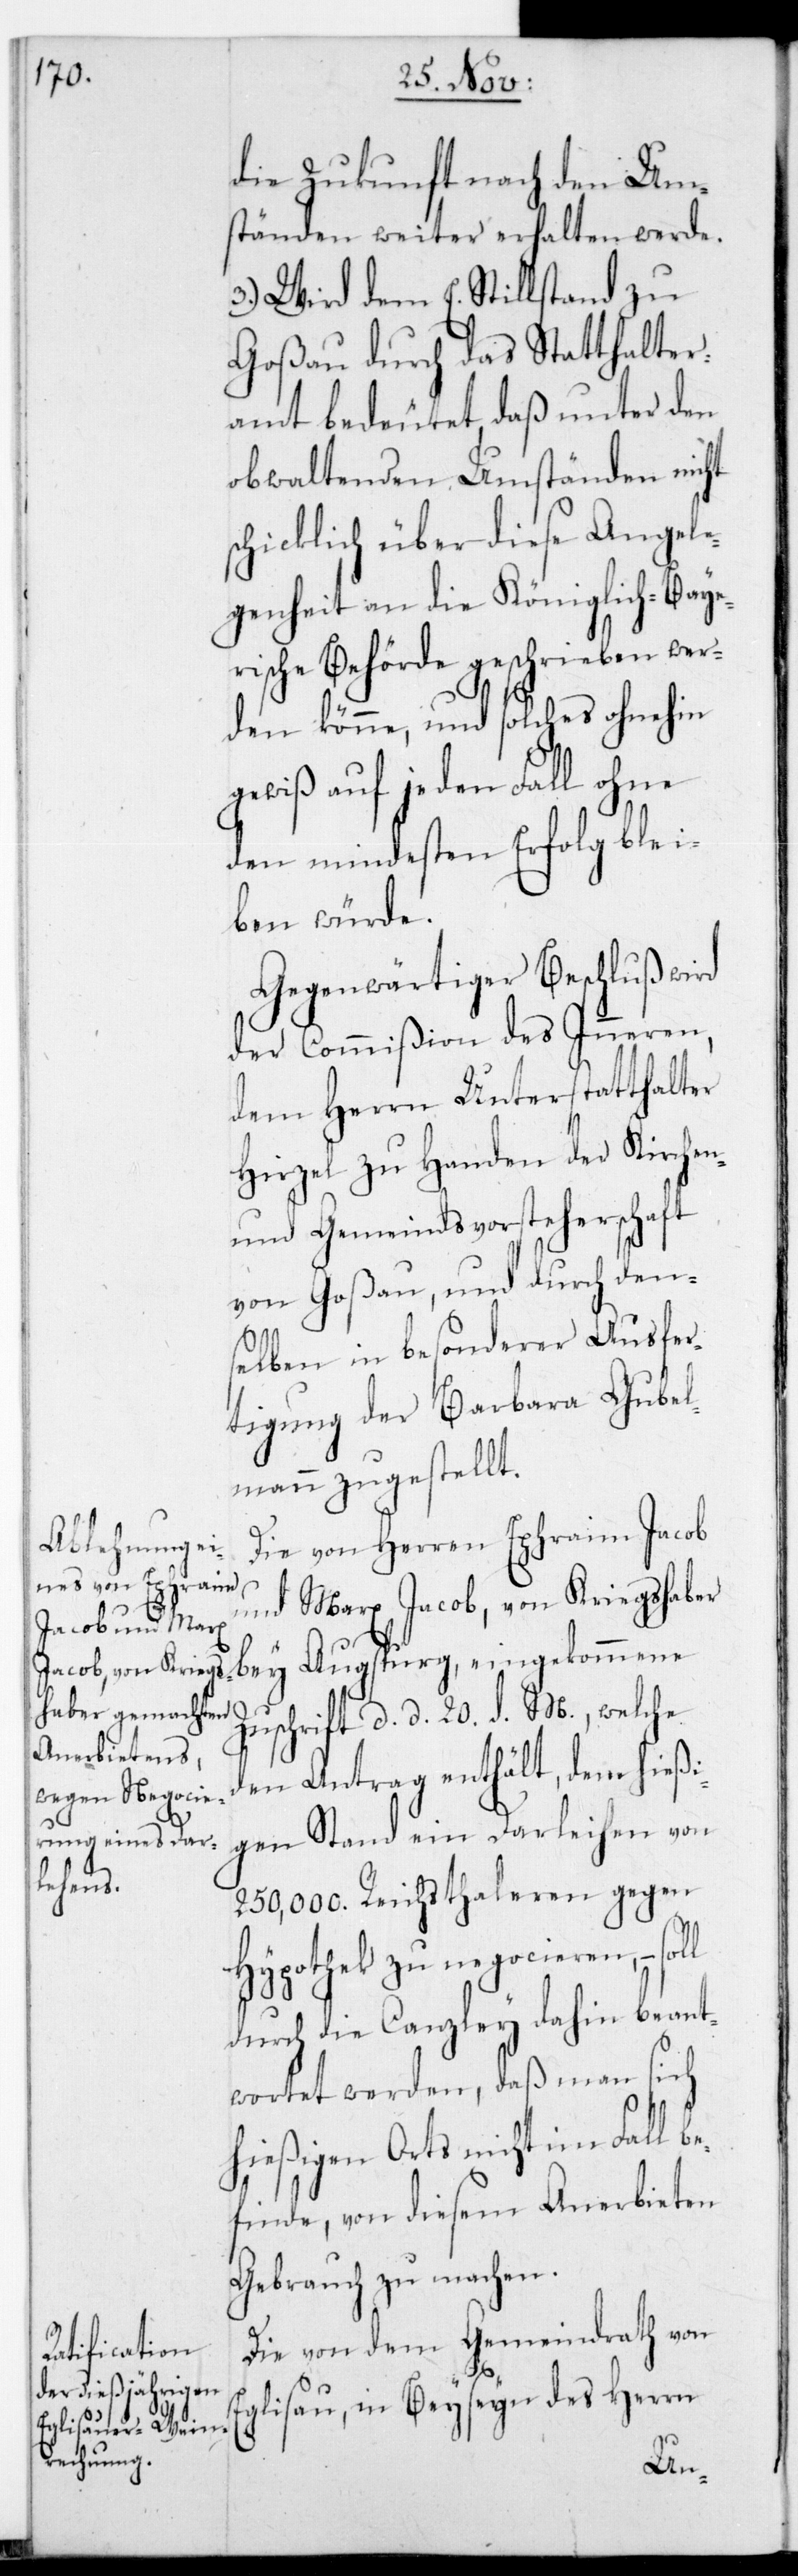
die Zukunft nach den Um¬
ständen weiter erhalten werde.
3.) Wird dem E. Stillstand zu
Goßau durch das Statthalte¬
ramt bedeutet, daß unter den
obwaltenden Umständen nicht
schicklich über diese Angele¬
genheit an die Königlich-Baye¬
rische Behörde geschrieben wer¬
den könne, und solches ohnehin
gewiß auf jeden Fall ohne
den mindesten Erfolg blei¬
ben würde.
Gegenwärtiger Beschluß wird
der Commißion des Inneren,
dem Herrn Unterstatthalter
Hirzel zu Handen der Kirchen-
und Gemeindsvorsteherschaft
von Goßau, und durch den¬
selben in besonderer Ausfer¬
tigung der Barbara Gubel¬
mann zugestellt.
Die von Herren Ephraim Jacob
und Marx Jacob von Kriegshaber
bey Augsburg eingekommene
Zuschrift, d. d. 20. d. M., welche
den Antrag enthält, dem hießi¬
gen Stand ein Darleihen von
250,000. Reichsthaleren gegen
Hypothek zu negocieren, –
durch die Canzley dahin beant¬
wortet werden, daß man sich
hießigen Orts nicht im Fall b¬
efinde, von diesem Anerbieten
Gebrauch zu machen.
Die von dem Gemeindrath von
Eglisau, in Beysein des Herrn